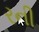
રની